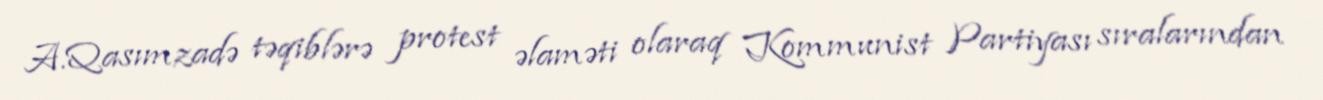
A.Qasımzadə təqiblərə protest əlaməti olaraq Kommunist Partiyası sıralarından